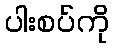
ပါးစပ်ကို